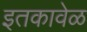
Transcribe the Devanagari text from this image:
इतकावेळ